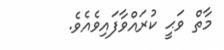
މާތް ވަޙީ ކުރައްވާފައިވެއެވެ.